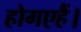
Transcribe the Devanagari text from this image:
होगएहैं।